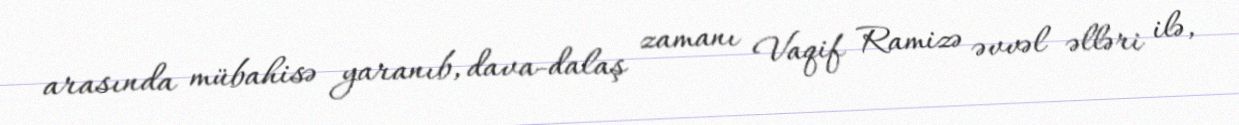
arasında mübahisə yaranıb, dava-dalaş zamanı Vaqif Ramizə əvvəl əlləri ilə,